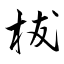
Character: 柭